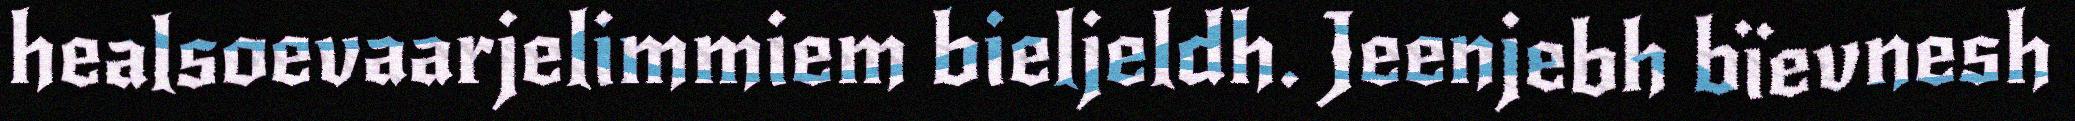
healsoevaarjelimmiem bieljeldh. Jeenjebh bïevnesh